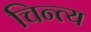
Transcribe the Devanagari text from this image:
चिन्त्य